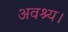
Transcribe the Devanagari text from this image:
अवश्य।